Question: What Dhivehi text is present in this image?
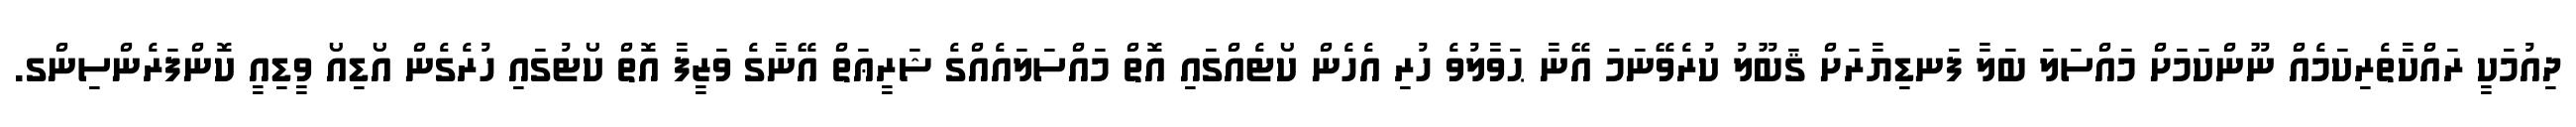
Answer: ދިއުމަކީ ރައްކާތެރިކަމެއް ނޫންކަމަށް މައްސަލަ ބަލާ ފަނޑިޔާރަށް ޤަބޫލު ކުރެވޭނަމަ އޭނާ ޙަވާލުވެ ހުރި އެހެން ކޯޓެއްގައި އޮތް މައްސަލައެއްގެ ޝަރީޢަތް އޭނާގެ ވަޒީފާ އޮތް ކޯޓުގައި ހުރެގެން އޯޑިއޯ ވީޑިއީ ކޮންފަރެންސިންގ.